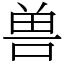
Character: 兽